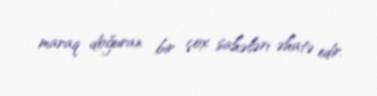
maraq doğuran bir çox sahələri əhatə edir.